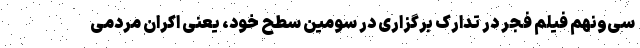
سی‌ونهم فیلم فجر در تدارک برگزاری در سومین سطح خود، یعنی اکران مردمی